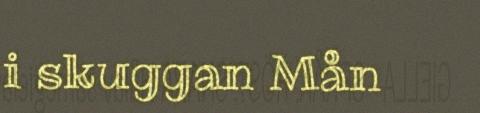
i skuggan Mån